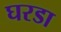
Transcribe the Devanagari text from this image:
घरडा